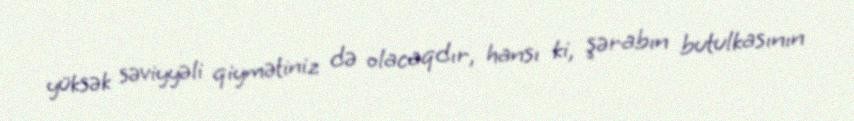
yüksək səviyyəli qiymətiniz də olacaqdır, hansı ki, şərabın butulkasının